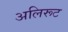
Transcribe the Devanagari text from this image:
अलिरूट